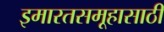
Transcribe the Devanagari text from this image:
इमारतसमूहासाठी